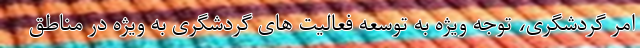
امر گردشگری، توجه ویژه به توسعه فعالیت های گردشگری به ویژه در مناطق